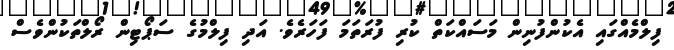
ފިލްމެއްގައި އެކުންފުނިން މަސައްކަތް ކުރި ފުރަތަމަ ފަހަރެވެ. އަދި ފިލްމުގެ ސަޕޯޓިން ރޯލްތަކުންވެސް